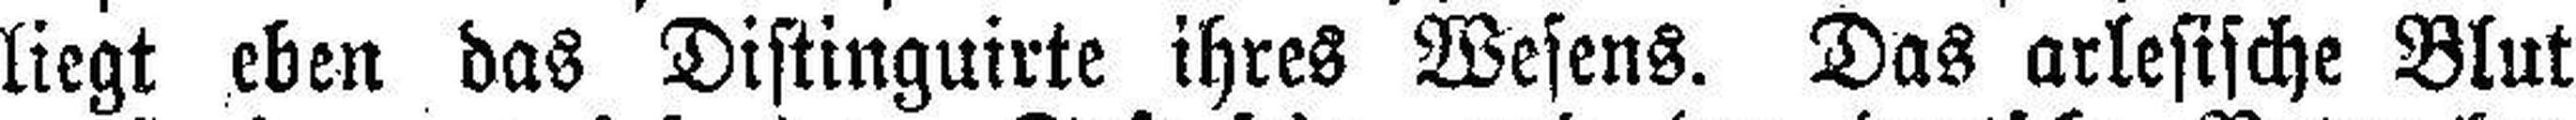
liegt eben das Distinguirte ihres Wesens. Das arlesische Blut